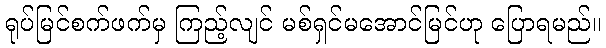
ရုပ်မြင်စက်ဖက်မှ ကြည့်လျင် မစ်ရှင်မအောင်မြင်ဟု ပြောရမည်။